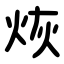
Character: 烣